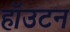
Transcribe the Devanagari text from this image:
हॉउटन